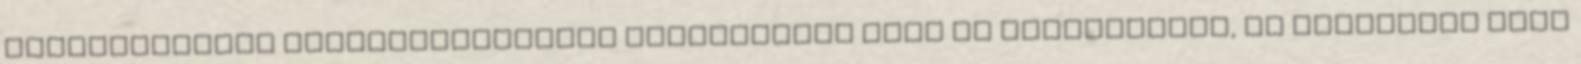
vegyészmérnök fotoszintetizáló molekulákat vont ki növényekből, és kapcsolta őket